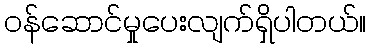
ဝန်ဆောင်မှုပေးလျက်ရှိပါတယ်။